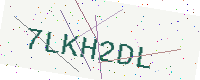
Text: 7LKH2DL